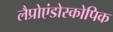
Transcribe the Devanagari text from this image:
लैप्रोएंडोस्कोपिक